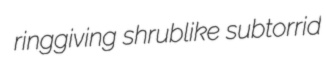
ringgiving shrublike subtorrid